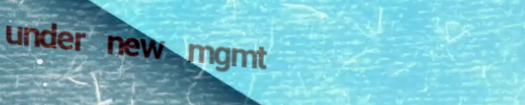
under new mgmt